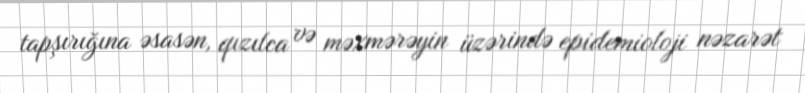
tapşırığına əsasən, qızılca və məxmərəyin üzərində epidemioloji nəzarət